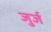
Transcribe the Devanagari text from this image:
जुर्ज